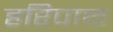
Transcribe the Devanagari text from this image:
हरिपाळ